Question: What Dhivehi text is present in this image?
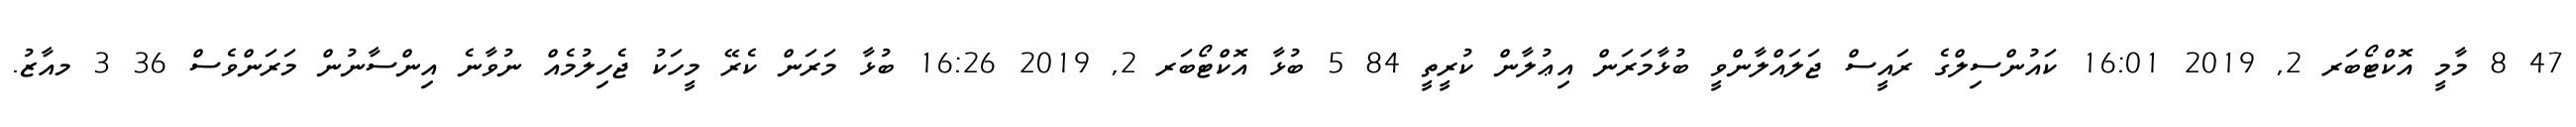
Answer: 47 8 މާމީ އޮކްޓޯބަރ 2, 2019 16:01 ކައުންސިލްގެ ރައީސް ޖަލައްލާންވީ ބުޅާމަރަން އިޢުލާން ކުރީތީ 84 5 ބުޅާ އޮކްޓޯބަރ 2, 2019 16:26 ބުޅާ މަރަން ކެރޭ މީހަކު ޖެހިލުމެއް ނުވާނެ އިންސާނުން މަރަންވެސް 36 3 މއާޒު.